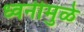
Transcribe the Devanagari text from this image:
ध्वनीमुळे